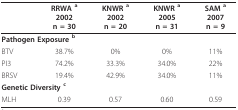
<table><thead><tr><td></td><td><b>RRWA <sup>a</sup>2002n = 30</b></td><td><b>KNWR <sup>a</sup>2002n = 20</b></td><td><b>KNWR <sup>a</sup>2005n = 31</b></td><td><b>SAM <sup>a</sup>2007n = 9</b></td></tr></thead><tbody><tr><td colspan="5"><b>Pathogen Exposure <sup>b</sup></b></td></tr><tr><td>BTV</td><td>38.7%</td><td>0%</td><td>0%</td><td>11%</td></tr><tr><td>PI3</td><td>74.2%</td><td>33.3%</td><td>34.0%</td><td>22%</td></tr><tr><td>BRSV</td><td>19.4%</td><td>42.9%</td><td>34.0%</td><td>11%</td></tr><tr><td colspan="5"><b>Genetic Diversity <sup>c</sup></b></td></tr><tr><td>MLH</td><td>0.39</td><td>0.57</td><td>0.60</td><td>0.59</td></tr></tbody></table>